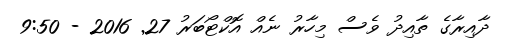
ދާއިރާގެ ތާއިދު ވެސް މިހާރު ނެއް އޮކްޓޯބަރު 27